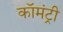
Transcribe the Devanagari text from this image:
कॉमंट्री